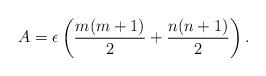
LaTeX: \begin{align*}A=\epsilon\left( \frac{m(m+1)}{2}+\frac{n(n+1)}{2}\right) .\end{align*}